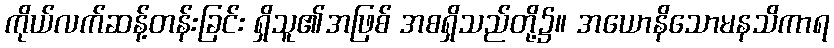
ကိုယ်လက်ဆန့်တန်းခြင်း ရှိသူ၏အဖြစ် အစရှိသည်တို့၌။ အယောနိသောမနသိကာရ